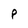
Character: P